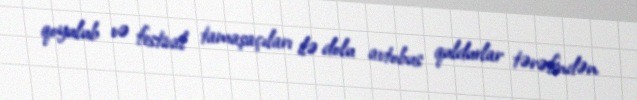
qoyulub və festival tamaşaçıları ilə dolu avtobus quldurlar tərəfindən